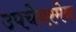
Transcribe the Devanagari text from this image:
उपचेयरमेन